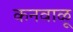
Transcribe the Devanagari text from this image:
कनवाळू